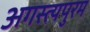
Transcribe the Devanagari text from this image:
अगस्त्यपुरम